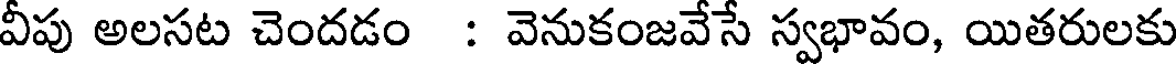
వీపు అలసట చెందడం : వెనుకంజవేసే స్వభావం, యితరులకు